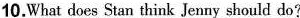
10.What does Stan think Jenny should do?